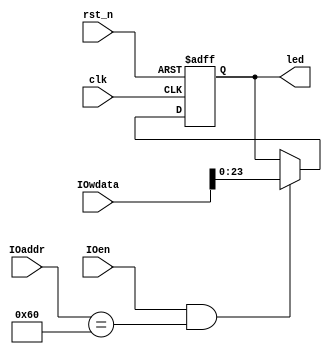
`timescale 1ns / 1ps
//////////////////////////////////////////////////////////////////////////////////
// Module Name: led_driver
// Description: led
//////////////////////////////////////////////////////////////////////////////////

module led_driver(
    input wire clk,
    input wire rst_n,
    input wire IOen,
    input wire [11:0] IOaddr,
    input wire [31:0] IOwdata,

    output reg [23:0] led
    );

    always@(posedge clk or negedge rst_n) begin
        if(~ rst_n) led <= 'h00000000;
        else if (IOen && (IOaddr == 'h060))led <= IOwdata[23:0];
    end
endmodule